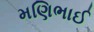
મણિભાઈ